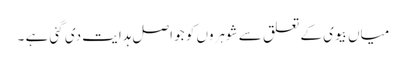
میاں بیوی کے تعلق سے شوہروں کو جو اصل ہدایت دی گئی ہے ۔